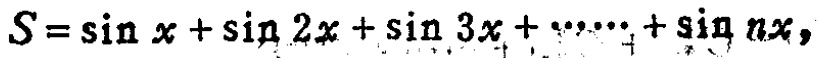
\(S = \sin x+\sin 2x+\sin 3x+\cdots+\sin nx\)